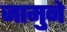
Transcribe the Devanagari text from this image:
जामुने